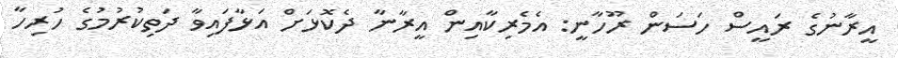
އީރާނުގެ ރައީސް ހަސަން ރޫހާނީ: އެމެރިކާއިން އީރާނާ ދެކޮޅަށް އަޅާފައިވާ ދަތިކުރުމުގެ ހުރިހާ